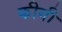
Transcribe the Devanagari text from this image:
कीगी